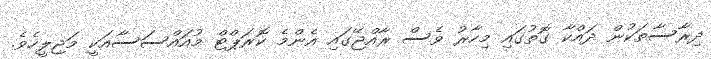
ދިރާސާތަކުން ދައްކާ ގޮތުގައި މިހާރު ވެސް ރާއްޖޭގައި އެންމެ ކޮރަޕްޓް މުއައްސަސާއަކީ މަޖިލީހެވެ.